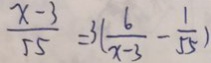
\frac { x - 3 } { 5 5 } = 3 ( \frac { 6 } { x - 3 } - \frac { 1 } { 5 5 } )